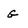
Character: G